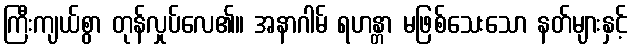
ကြီးကျယ်စွာ တုန်လှုပ်လေ၏။ အနာဂါမ် ရဟန္တာ မဖြစ်သေးသော နတ်များနှင့်